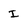
Character: I